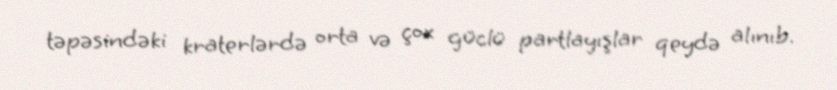
təpəsindəki kraterlərdə orta və çox güclü partlayışlar qeydə alınıb.